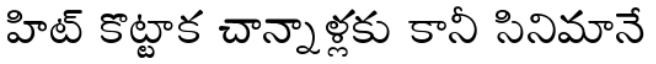
హిట్ కొట్టాక చాన్నాళ్లకు కానీ సినిమానే